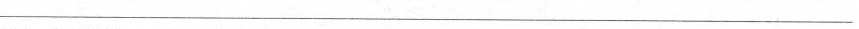
___